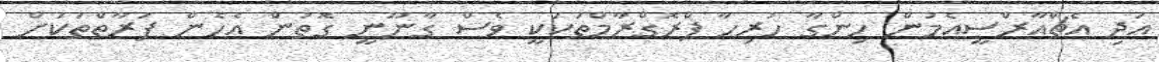
އަދި އެޗްއާރްސީއެމުން ހިންގާ ހުރިހާ ޕްރޮގްރާމްތަކަކީ ވެސް ގާނޫނީ ގޮތުން އެހެން ފަރާތްތަކަށް